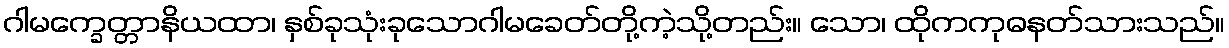
ဂါမက္ခေတ္တာနိယထာ၊ နှစ်ခုသုံးခုသောဂါမခေတ်တို့ကဲ့သို့တည်း။ သော၊ ထိုကကုဓနတ်သားသည်။